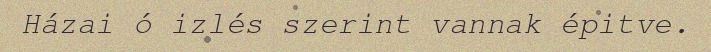
Házai ó izlés szerint vannak épitve.